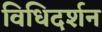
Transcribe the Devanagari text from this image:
विधिदर्शन